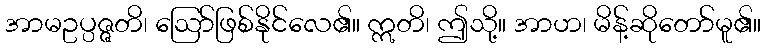
အာမဥပ္ပဇ္ဇတိ၊ ဩော်ဖြစ်နိုင်လေ၏။ ဣတိ၊ ဤသို့။ အာဟ၊ မိန့်ဆိုတော်မူ၏။